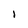
Character: l